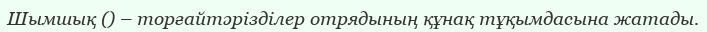
Шымшық () – торғайтәрізділер отрядының құнақ тұқымдасына жатады.